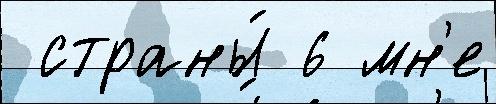
 страны́ 6 мн'е